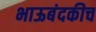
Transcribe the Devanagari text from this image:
भाऊबंदकीच